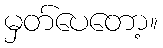
မှတ်ပေတော့။